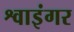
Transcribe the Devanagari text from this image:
श्वाइंगर